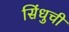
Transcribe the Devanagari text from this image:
सिंधुची